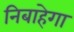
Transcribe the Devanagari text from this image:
निबाहेगा